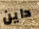
داين